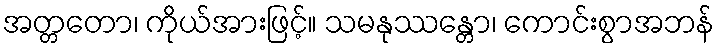
အတ္တတော၊ ကိုယ်အားဖြင့်။ သမနုဿန္တော၊ ကောင်းစွာအဘန်